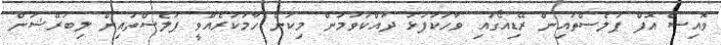
ވޮއިސް އޮފް ޕަލެސްތައިން ރޭޑިއޯގައި ވާހަކަފުޅު ދައްކަވަމުން މިކަން ހާމަކުރެއްވީ ޕަލެސްތައިން ލިބަރޭޝަން